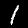
Label: 1